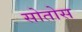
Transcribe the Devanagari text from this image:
सोतोस